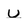
Character: u